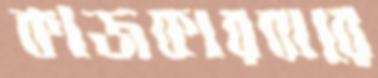
কাজকারবারে